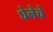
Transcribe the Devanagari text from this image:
घेनेचे